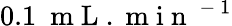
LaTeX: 0.1~\mathrm{~m~L~}.\mathrm{~m~i~n~}^{\mathrm{~-~}1}